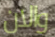
والان